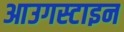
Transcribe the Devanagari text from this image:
आउगस्टाइन